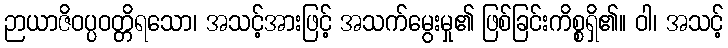
ဉာယာဇိဝပ္ပဝတ္တိရသော၊ အသင့်အားဖြင့် အသက်မွေးမှု၏ ဖြစ်ခြင်းကိစ္စရှိ၏။ ဝါ၊ အသင့်